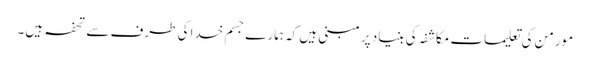
مورمن کی تعلیمات مکاشفہ کی بنیاد پر مبنی ہیں کہ ہمارے جسم خدا کی طرف سے تحفہ ہیں۔